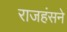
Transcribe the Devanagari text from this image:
राजहंसने